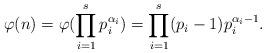
LaTeX: \begin{align*}\varphi(n)=\varphi(\prod_{i=1}^{s}p_{i}^{\alpha_{i}})=\prod_{i=1}^{s}(p_{i}-1)p_{i}^{\alpha_{i}-1}.\end{align*}